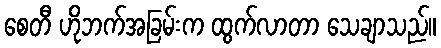
စေတီ ဟိုဘက်အခြမ်းက ထွက်လာတာ သေချာသည်။